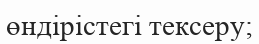
өндірістегі тексеру;